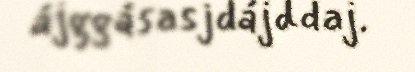
ájggásasjdájddaj.